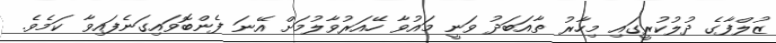
ޒުލްފާގެ ދުލުކުރީގައި މިހާރު ތާއަބަދު ވަނީ މައުވާ ހޭއަރުވާލުމަށް އޭނަ ފެންބޮވައިގަނެފައިވާ ކަމެވެ.